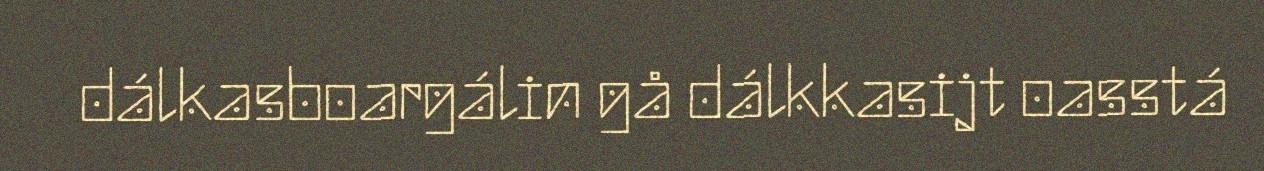
dálkasboargálin gå dálkkasijt oasstá